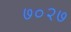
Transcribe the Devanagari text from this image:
७०२७